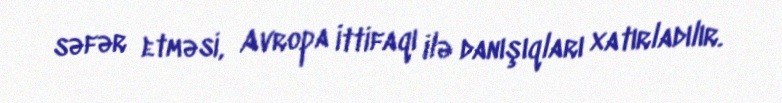
səfər etməsi, Avropa İttifaqı ilə danışıqları xatırladılır.